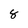
Character: 8